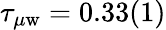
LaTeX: \tau_{\mu\mathrm{w}}=0.33(1)